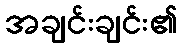
အချင်းချင်း၏